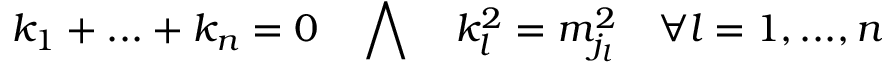
k _ { 1 } + . . . + k _ { n } = 0 \quad \bigwedge \quad k _ { l } ^ { 2 } = m _ { j _ { l } } ^ { 2 } \quad \forall l = 1 , . . . , n